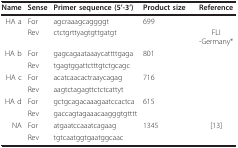
<table><thead><tr><td><b>Name</b></td><td><b>Sense</b></td><td><b>Primer sequence (5&#x27;-3&#x27;)</b></td><td><b>Product size</b></td><td><b>Reference</b></td></tr></thead><tbody><tr><td>HA a</td><td>For</td><td>agcraaagcaggggt</td><td>699</td><td></td></tr><tr><td></td><td>Rev</td><td>ctctgrttyagtgttgatgt</td><td></td><td>FLI -Germany*</td></tr><tr><td>HA b</td><td>For</td><td>gagcagaataaaycattttgaga</td><td>801</td><td></td></tr><tr><td></td><td>Rev</td><td>tgagtggattctttgtctgcagc</td><td></td><td></td></tr><tr><td>HA c</td><td>For</td><td>acatcaacactraaycagag</td><td>716</td><td></td></tr><tr><td></td><td>Rev</td><td>aagtctagagttctctcattyt</td><td></td><td></td></tr><tr><td>HA d</td><td>For</td><td>gctgcagacaaagaatccactca</td><td>615</td><td></td></tr><tr><td></td><td>Rev</td><td>gaccagtagaaacaagggtgtttt</td><td></td><td></td></tr><tr><td>NA</td><td>For</td><td>atgaatccaaatcagaag</td><td>1345</td><td>[13]</td></tr><tr><td></td><td>Rev</td><td>tgtcaatggtgaatggcaac</td><td></td><td></td></tr></tbody></table>